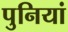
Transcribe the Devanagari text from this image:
पुनियां